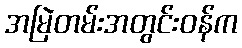
အမြဲတမ်းအတွင်းဝန်က